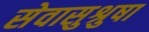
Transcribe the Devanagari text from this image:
सेवासुश्रुषा